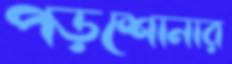
পড়শোনার